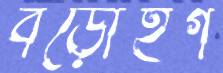
বড়োইগ